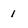
Character: 1